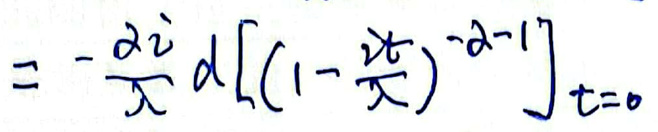
\[
= -\frac{\partial i}{\partial x} \left. \frac{d}{dt}\left[\left(1 - \frac{it}{x}\right)^{-\partial - 1}\right] \right|_{t = 0}
\]